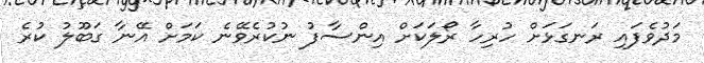
މަދުވެފައި ރަނގަޅަށް ހުރިހާ ރޯލަކަށް އިންސާފު ނުކުރެވޭނެ ކަމަށް އޭނާ ގަބޫލު ކުރެ